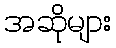
အဆိုများ